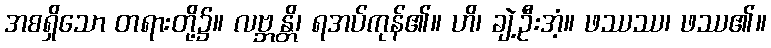
အစရှိသော တရားတို့၌။ လဗ္ဘန္တိ၊ ရအပ်ကုန်၏။ ဟိ၊ ချဲ့ဦးအံ့။ ဖဿဿ၊ ဖဿ၏။